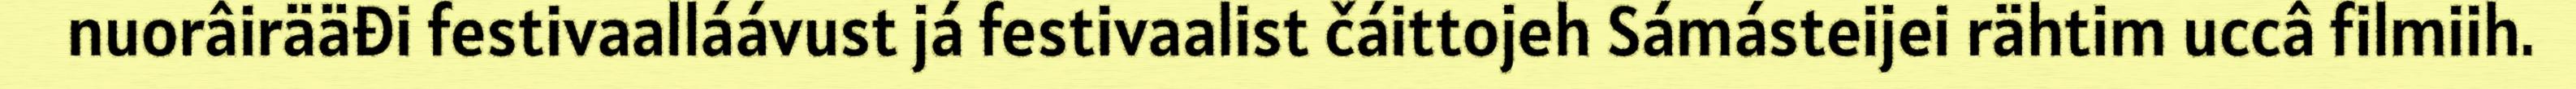
nuorâirääđi festivaalláávust já festivaalist čáittojeh Sámásteijei rähtim uccâ filmiih.